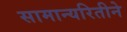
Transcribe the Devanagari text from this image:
सामान्यरितीने